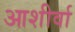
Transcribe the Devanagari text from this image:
आशीर्वा